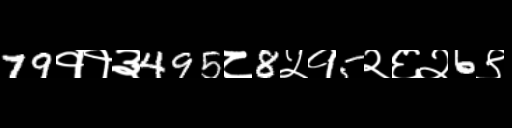
Text: 79११३495८8५१5२६२6९